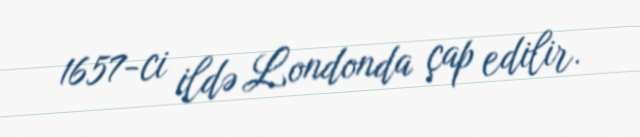
1657-ci ildə Londonda çap edilir.